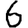
Digit: 6